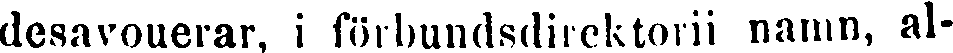
desavouerar, i förbundsdirektörii namn, al-